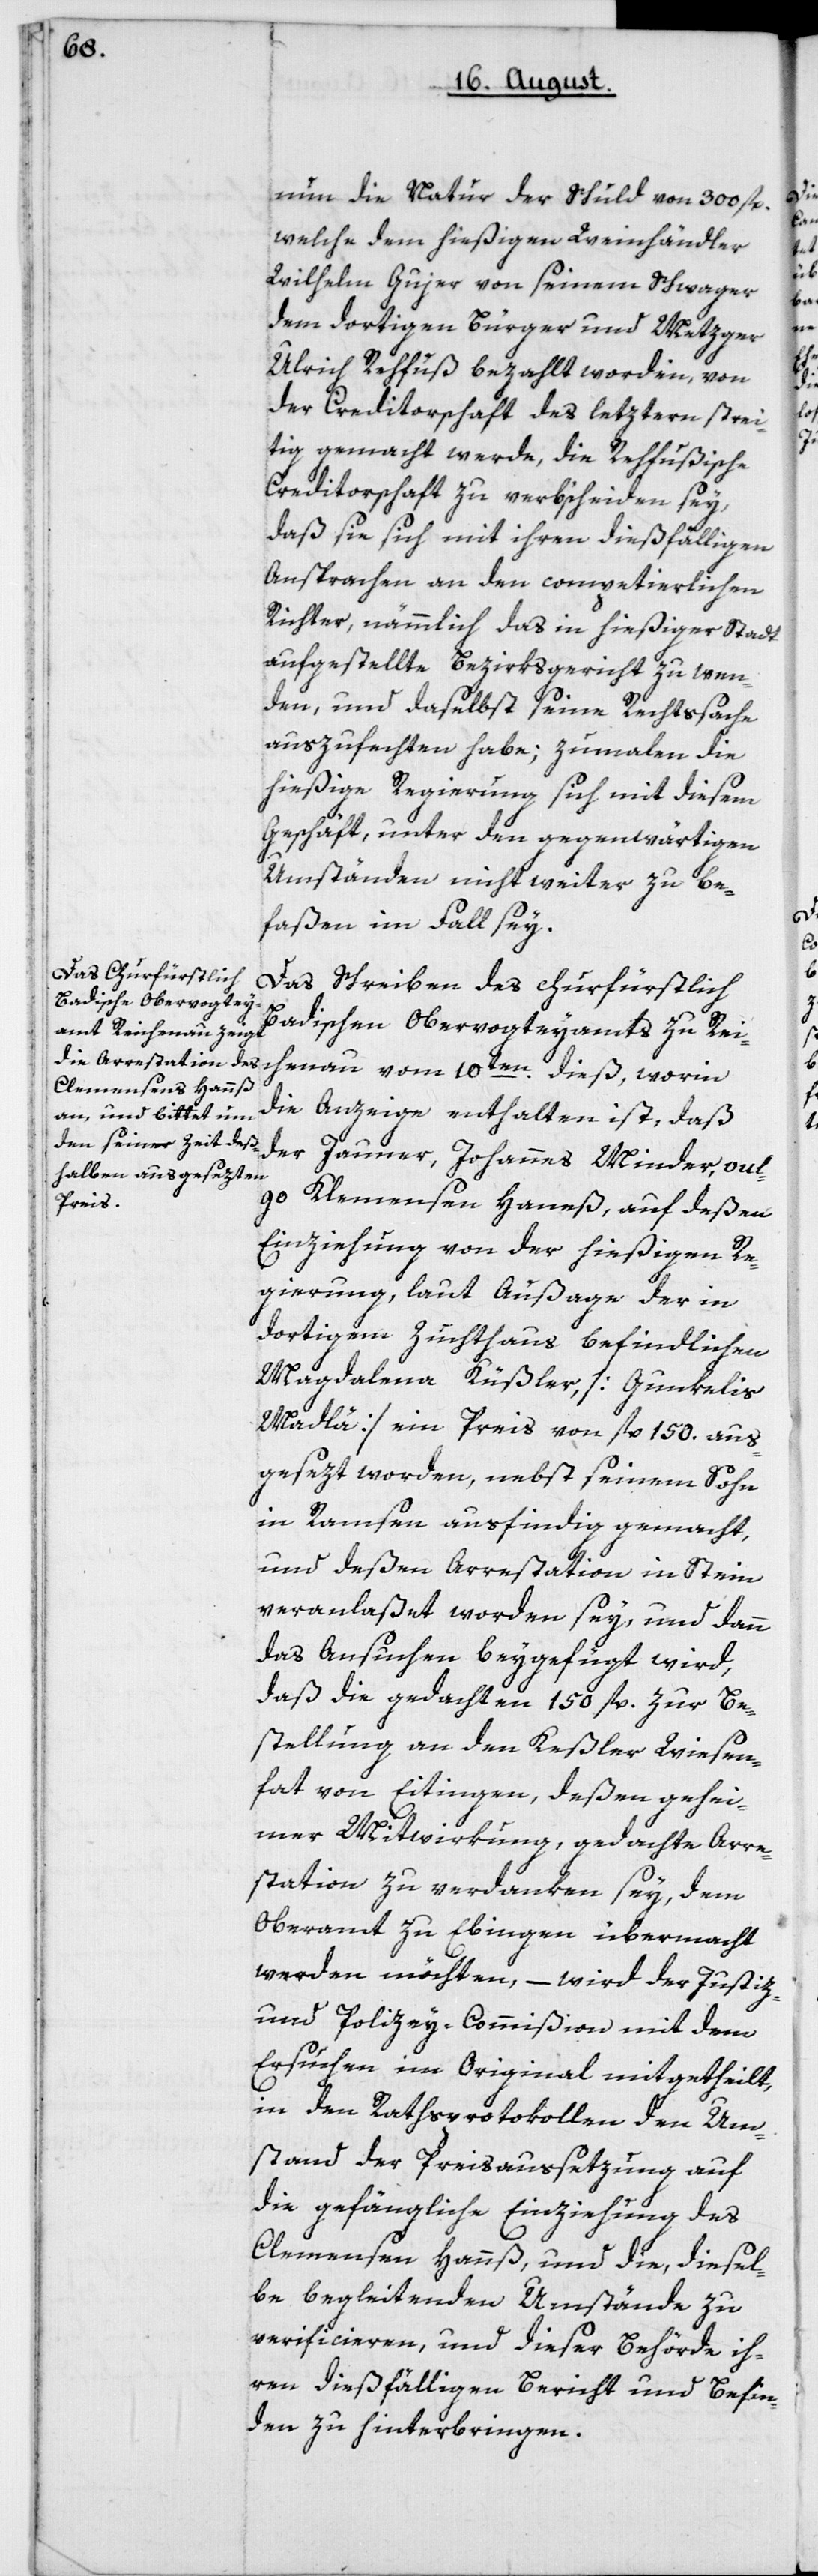
nun die Natur der Schuld von 300 fl.,
welche dem hießigen Weinhändler
Wilhelm Gujer von seinem Schwager
dem dortigen Bürger und Metzger
Ulrich Rehfuß bezahlt worden, von
der Creditorschaft des letztern strei¬
tig gemacht werde, die Rehfußische
Creditorschaft zu verbscheiden sey,
daß sie sich mit ihren dießfälligen
Ansprachen an den competierlichen
Richter, nämmlich das in hießiger Stadt
aufgestellte Bezirksgericht zu wen¬
den, und daselbst seine Rechtssache
auszufechten habe; zumalen die
hießige Regierung sich mit diesem
Geschäft, unter den gegenwärtigen
Umständen nicht weiter zu be¬
faßen im Fall sey.
Das Schreiben des churfürstlich
Badischen Obervogteyamts zu Reic¬
die Anzeige enthalten ist, daß
der Jauner, Johannes Minder, vul¬
go
Clemensen Hannes, auf deßen
Einziehung von der hießigen Re¬
gierung, laut Außage der in
dortigem Zuchthaus befindlichen
Magdalena Küßler (Gunkelis
Madlä) ein Preis von fl. 150 aus¬
gesezt worden, nebst seinem Sohn
in Ramsen ausfindig gemacht,
und deßen Arrestation in Stein
veranlaßet worden sey, und dann
das Ansuchen beygefügt wird,
daß die gedachten 150 fl. zur Be¬
stellung an den Keßler Wiesen¬
hat von Eitingen, deßen gehei¬
mer Mitwirkung gedachte Arre¬
station zu verdanken sey, dem
Oberamt zu Ebingen übermacht
werden möchten, – wird der Justiz-
und Policey-Commißion mit dem
Ersuchen im Original mitgetheilt,
in den Rathsprotokollen den Um¬
stand der Preisaussetzung auf
die gefängliche Einziehung des
Clemensen Hannß, und die diesel¬
be begleitenden Umstände zu
verificieren, und dieser Behörde ih¬
ren dießfälligen Bericht und Befin¬
den zu hinterbringen.